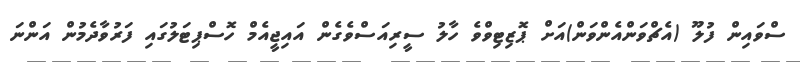
ސްވައިން ފުލޫ (އެޗްވަންއެންވަން)އަށް ޕޮޒިޓިވްވެ ހާލު ސީރިއަސްވެގެން އައިޖީއެމް ހޮސްޕިޓަލުގައި ފަރުވާދެމުން އަންނަ